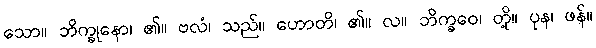
သော။ ဘိက္ခုနော၊ ၏။ ဗလံ၊ သည်။ ဟောတိ၊ ၏။ လ။ ဘိက္ခဝေ၊ တို့။ ပုန၊ ဖန်။